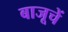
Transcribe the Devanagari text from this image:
बाजूचें